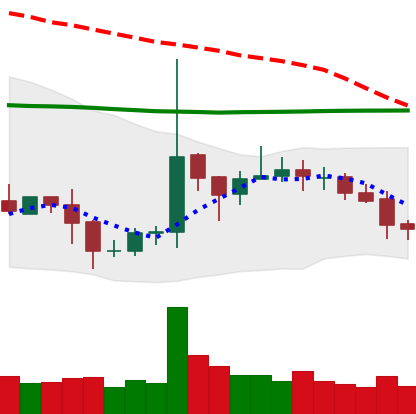
Ticker: EOS-USD
Chart end date: 2020-10-17
Forward return: 5.528%
Label: up_5_7